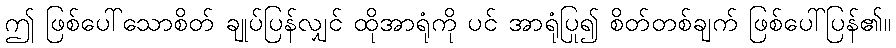
ဤ ဖြစ်ပေါ်သောစိတ် ချုပ်ပြန်လျှင် ထိုအာရုံကို ပင် အာရုံပြု၍ စိတ်တစ်ချက် ဖြစ်ပေါ်ပြန်၏။